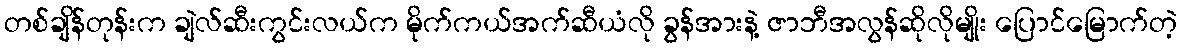
တစ်ချိန်တုန်းက ချဲလ်ဆီးကွင်းလယ်က မိုက်ကယ်အက်ဆီယံလို ခွန်အားနဲ့ ဇာဘီအလွန်ဆိုလိုမျိုး ပြောင်မြောက်တဲ့